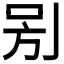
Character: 𠰤